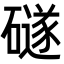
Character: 礈